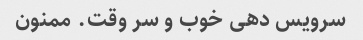
سرویس دهی خوب و سر وقت. ممنون